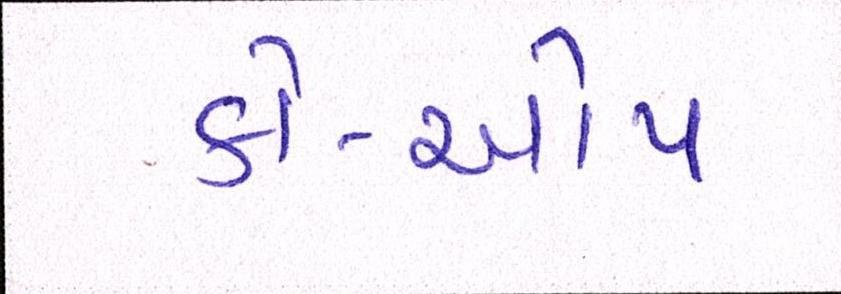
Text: કો-ઓપ